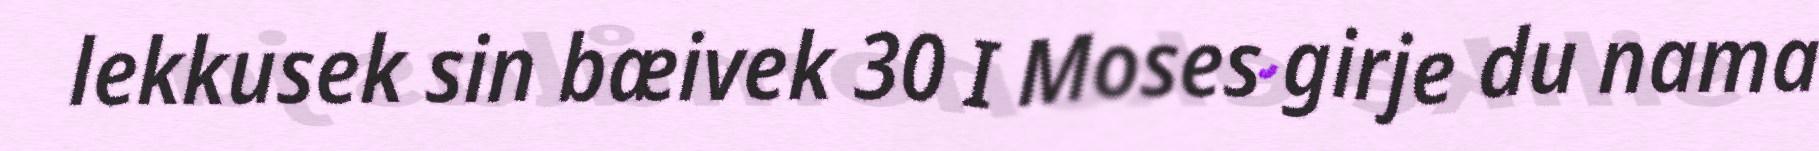
lekkusek sin bæivek 30 I Moses girje du nama